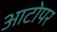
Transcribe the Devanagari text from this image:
आटोपर